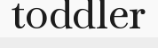
toddler